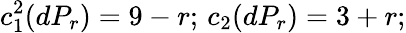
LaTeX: c_{1}^{2}(dP_{r})=9-r;\, c_{2}(dP_{r})=3+r;